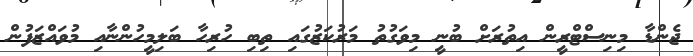
ޖެންޑާ މިނިސްޓްރީން އިތުރަށް ބުނީ މިވަގުތު މަރުކަޒުގައި ތިބި ހުރިހާ ބަލިމީހުންނާއި މުވައްޒަފުން